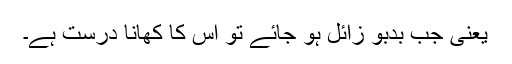
یعنی جب بدبو زائل ہو جائے تو اس کا کھانا درست ہے۔